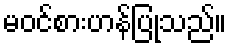
မဝင်စားဟန်ပြုသည်။